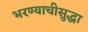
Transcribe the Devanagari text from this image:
भरण्याचीसुद्धा